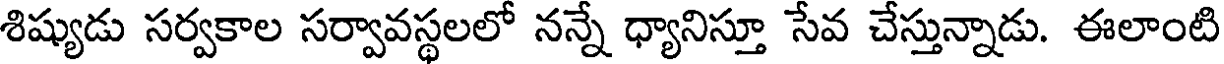
శిష్యుడు సర్వకాల సర్వావస్థలలో నన్నే ధ్యానిస్తూ సేవ చేస్తున్నాడు. ఈలాంటి